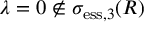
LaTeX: \lambda = 0 \not \in \sigma _ { \mathrm { e s s } , 3 } ( R )